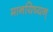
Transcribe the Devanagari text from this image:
मानयिष्यन्